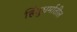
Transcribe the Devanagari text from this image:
हिंदुधर्मातील